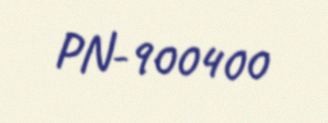
PN-900400